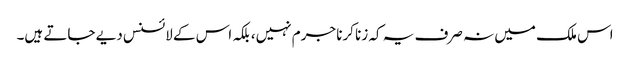
اس ملک میں نہ صرف یہ کہ زنا کرنا جرم نہیں، بلکہ اس کے لائسنس دیے جاتے ہیں۔